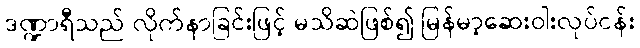
ဒဏ္ဍာရီသည် လိုက်နာခြင်းဖြင့် မသိဆဲဖြစ်၍ မြန်မာ့ဆေးဝါးလုပ်ငန်း